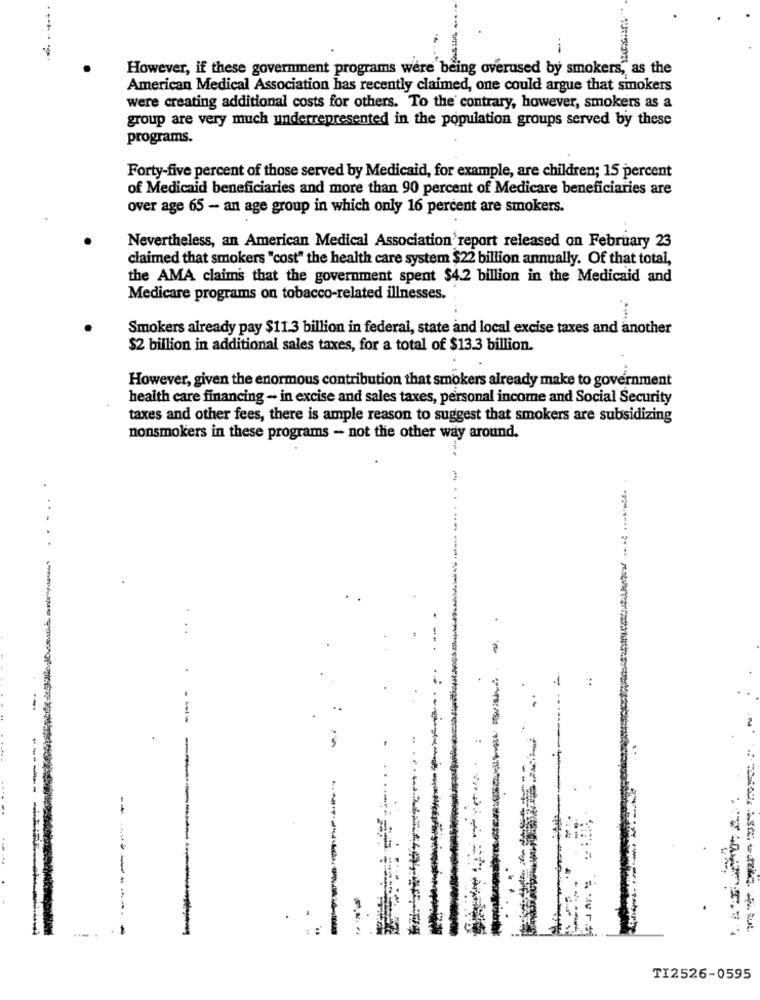
-
However, if these government programs were being overused by smokers, as the
American Medical Association has recently claimed, one could argue that sinokers
were creating additional costs for others. To the contrary, however, smokers as a
group are very much underrepresented in the population groups served by these
programs.
Forty-five percent of those served by Medicaid, for example, are children; 15 percent
of Medicaid beneficiaries and more than 90 percent of Medicare beneficiaries are
over age 65 - an age group in which only 16 percent are smokers.
Nevertheless, an American Medical Association'report released on February 23
claimed that smokers "cost" the health care system $22 billion annually. Of that total,
the AMA claims that the government spent $4.2 billion in the Medicaid and
Medicare programs on tobacco-related illnesses.
Smokers already pay $11.3 billion in federal, state and local excise taxes and another
$2 billion in additional sales taxes, for a total of $13.3 billion.
However, given the enormous contribution that smokers already make to government
health care financing - in excise and sales taxes, personal income and Social Security
taxes and other fees, there is ample reason to suggest that smokers are subsidizing
nonsmokers in these programs - not the other way around.
..
-
:
--
-
-
-
--
-----
. .
... .
--
TI2526-0595